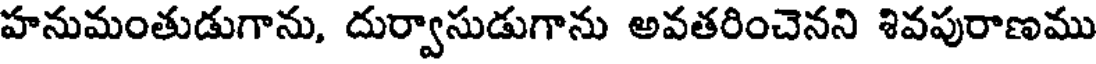
హనుమంతుడుగాను, దుర్వాసుడుగాను అవతరించెనని శివపురాణము